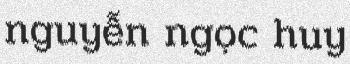
nguyễn ngọc huy